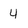
Character: 4